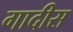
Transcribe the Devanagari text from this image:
गादीस